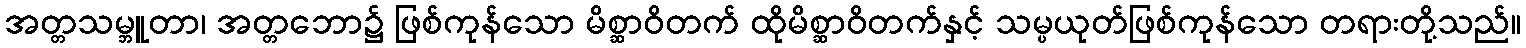
အတ္တသမ္ဘူတာ၊ အတ္တဘော၌ ဖြစ်ကုန်သော မိစ္ဆာဝိတက် ထိုမိစ္ဆာဝိတက်နှင့် သမ္ပယုတ်ဖြစ်ကုန်သော တရားတို့သည်။